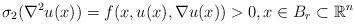
LaTeX: \begin{align*}\sigma_{2}(\nabla^{2}u(x))=f(x,u(x),\nabla u(x))>0, x\in B_r\subset \mathbb R^n\end{align*}